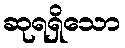
ဆုရရှိသော